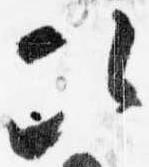
次